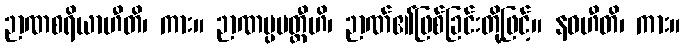
ဉာဏစရိယာဟီတိ၊ ကား။ ဉာဏပ္ပပတ္တီဟိ၊ ဉာဏ်၏ဖြစ်ခြင်းတို့ဖြင့်။ နဝဟီတိ၊ ကား။